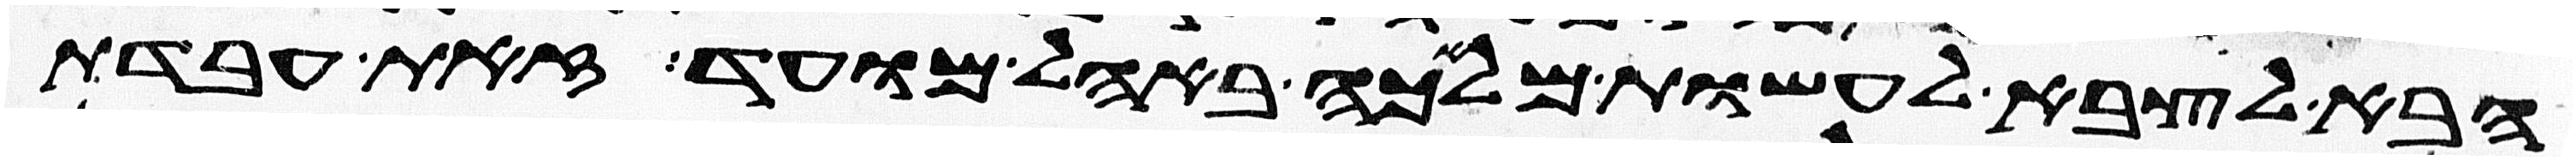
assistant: הבא לצבא לעשות מלאכה באהל מועד זאת עבדת